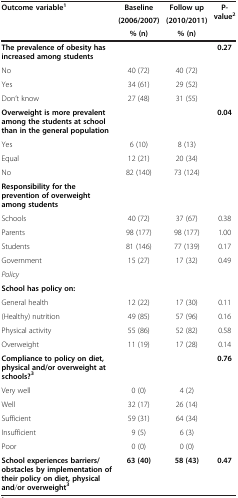
<table><thead><tr><td rowspan="3"><b>Outcome variable<sup>1</sup></b></td><td><b>Baseline</b></td><td><b>Follow up</b></td><td rowspan="3"><b>P-value<sup>2</sup></b></td></tr><tr><td><b>(2006/2007)</b></td><td><b>(2010/2011)</b></td></tr><tr><td><b>% (n)</b></td><td><b>% (n)</b></td></tr></thead><tbody><tr><td><b>The prevalence of obesity has increased among students</b></td><td>[EMPTY_CELL]</td><td>[EMPTY_CELL]</td><td><b>0.</b><b>27</b></td></tr><tr><td>No</td><td>40 (72)</td><td>40 (72)</td><td>[EMPTY_CELL]</td></tr><tr><td>Yes</td><td>34 (61)</td><td>29 (52)</td><td>[EMPTY_CELL]</td></tr><tr><td>Don’t know</td><td>27 (48)</td><td>31 (55)</td><td>[EMPTY_CELL]</td></tr><tr><td><b>Overweight is more prevalent among the students at school than in the general population</b></td><td>[EMPTY_CELL]</td><td>[EMPTY_CELL]</td><td><b>0.</b><b>04</b></td></tr><tr><td>Yes</td><td>6 (10)</td><td>8 (13)</td><td>[EMPTY_CELL]</td></tr><tr><td>Equal</td><td>12 (21)</td><td>20 (34)</td><td>[EMPTY_CELL]</td></tr><tr><td>No</td><td>82 (140)</td><td>73 (124)</td><td>[EMPTY_CELL]</td></tr><tr><td><b>Responsibility for the prevention of overweight among students</b></td><td>[EMPTY_CELL]</td><td>[EMPTY_CELL]</td><td>[EMPTY_CELL]</td></tr><tr><td>Schools</td><td>40 (72)</td><td>37 (67)</td><td>0.38</td></tr><tr><td>Parents</td><td>98 (177)</td><td>98 (177)</td><td>1.00</td></tr><tr><td>Students</td><td>81 (146)</td><td>77 (139)</td><td>0.17</td></tr><tr><td>Government</td><td>15 (27)</td><td>17 (32)</td><td>0.49</td></tr><tr><td><i>Policy</i></td><td>[EMPTY_CELL]</td><td>[EMPTY_CELL]</td><td>[EMPTY_CELL]</td></tr><tr><td><b>School has policy on:</b></td><td>[EMPTY_CELL]</td><td>[EMPTY_CELL]</td><td>[EMPTY_CELL]</td></tr><tr><td>General health</td><td>12 (22)</td><td>17 (30)</td><td>0.11</td></tr><tr><td>(Healthy) nutrition</td><td>49 (85)</td><td>57 (96)</td><td>0.16</td></tr><tr><td>Physical activity</td><td>55 (86)</td><td>52 (82)</td><td>0.58</td></tr><tr><td>Overweight</td><td>11 (19)</td><td>17 (28)</td><td>0.14</td></tr><tr><td><b>Compliance to policy on diet, </b><b>physical and/</b><b>or overweight at schools?</b><sup><b>3</b></sup></td><td>[EMPTY_CELL]</td><td>[EMPTY_CELL]</td><td><b>0.</b><b>76</b></td></tr><tr><td>Very well</td><td>0 (0)</td><td>4 (2)</td><td>[EMPTY_CELL]</td></tr><tr><td>Well</td><td>32 (17)</td><td>26 (14)</td><td>[EMPTY_CELL]</td></tr><tr><td>Sufficient</td><td>59 (31)</td><td>64 (34)</td><td>[EMPTY_CELL]</td></tr><tr><td>Insufficient</td><td>9 (5)</td><td>6 (3)</td><td>[EMPTY_CELL]</td></tr><tr><td>Poor</td><td>0 (0)</td><td>0 (0)</td><td>[EMPTY_CELL]</td></tr><tr><td><b>School experiences barriers/</b><b>obstacles by implementation of their policy on diet, </b><b>physical and</b>/<b>or overweight</b><sup><b>3</b></sup></td><td><b>63 </b><b>(40)</b></td><td><b>58 </b><b>(43)</b></td><td><b>0.</b><b>47</b></td></tr></tbody></table>